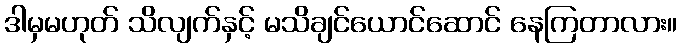
ဒါမှမဟုတ် သိလျက်နှင့် မသိချင်ယောင်ဆောင် နေကြတာလား။